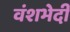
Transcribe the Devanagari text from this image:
वंशभेदी